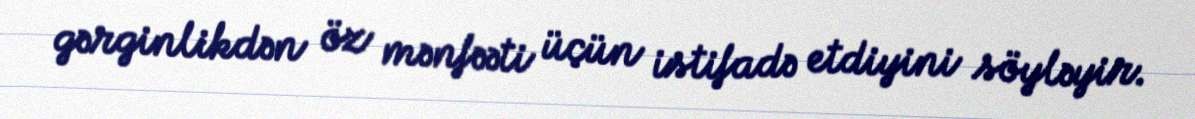
gərginlikdən öz mənfəəti üçün istifadə etdiyini söyləyir.